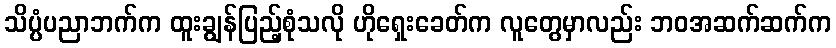
သိပ္ပံပညာဘက်က ထူးချွန်ပြည့်စုံသလို ဟိုရှေးခေတ်က လူတွေမှာလည်း ဘဝအဆက်ဆက်က